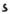
Text: S